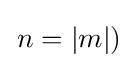
\left.n=|m|\right)